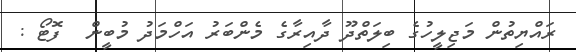
ރައްޔިތުން މަޖިލީހުގެ ބިލަތްދޫ ދާއިރާގެ މެންބަރު އަހްމަދު މުބީން  ފޮޓޯ :